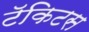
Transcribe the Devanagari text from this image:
टॅकिटस